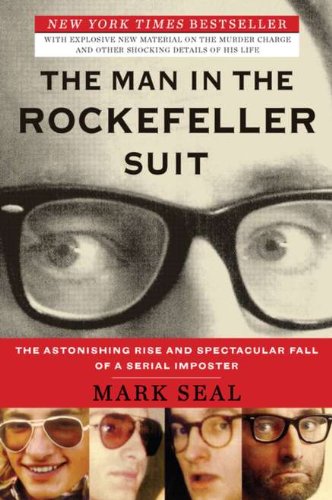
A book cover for The Man in the Rockefeller Suit: The Astonishing Rise and Spectacular Fall of a Serial Impostor; Mark Seal; Biographies & Memoirs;